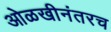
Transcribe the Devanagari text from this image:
ओळखीनंतरच